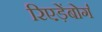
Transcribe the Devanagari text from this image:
रिएड़ेंबोर्ग